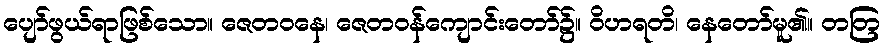
ပျော်ဖွယ်ရာဖြစ်သော။ ဇေတဝနေ၊ ဇေတဝန်ကျောင်းတော်၌။ ဝိဟရတိ၊ နေတော်မူ၏။ တတြ